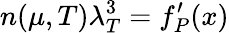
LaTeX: n(\mu,T)\lambda_{T}^{3}=f_{P}^{\prime}(x)